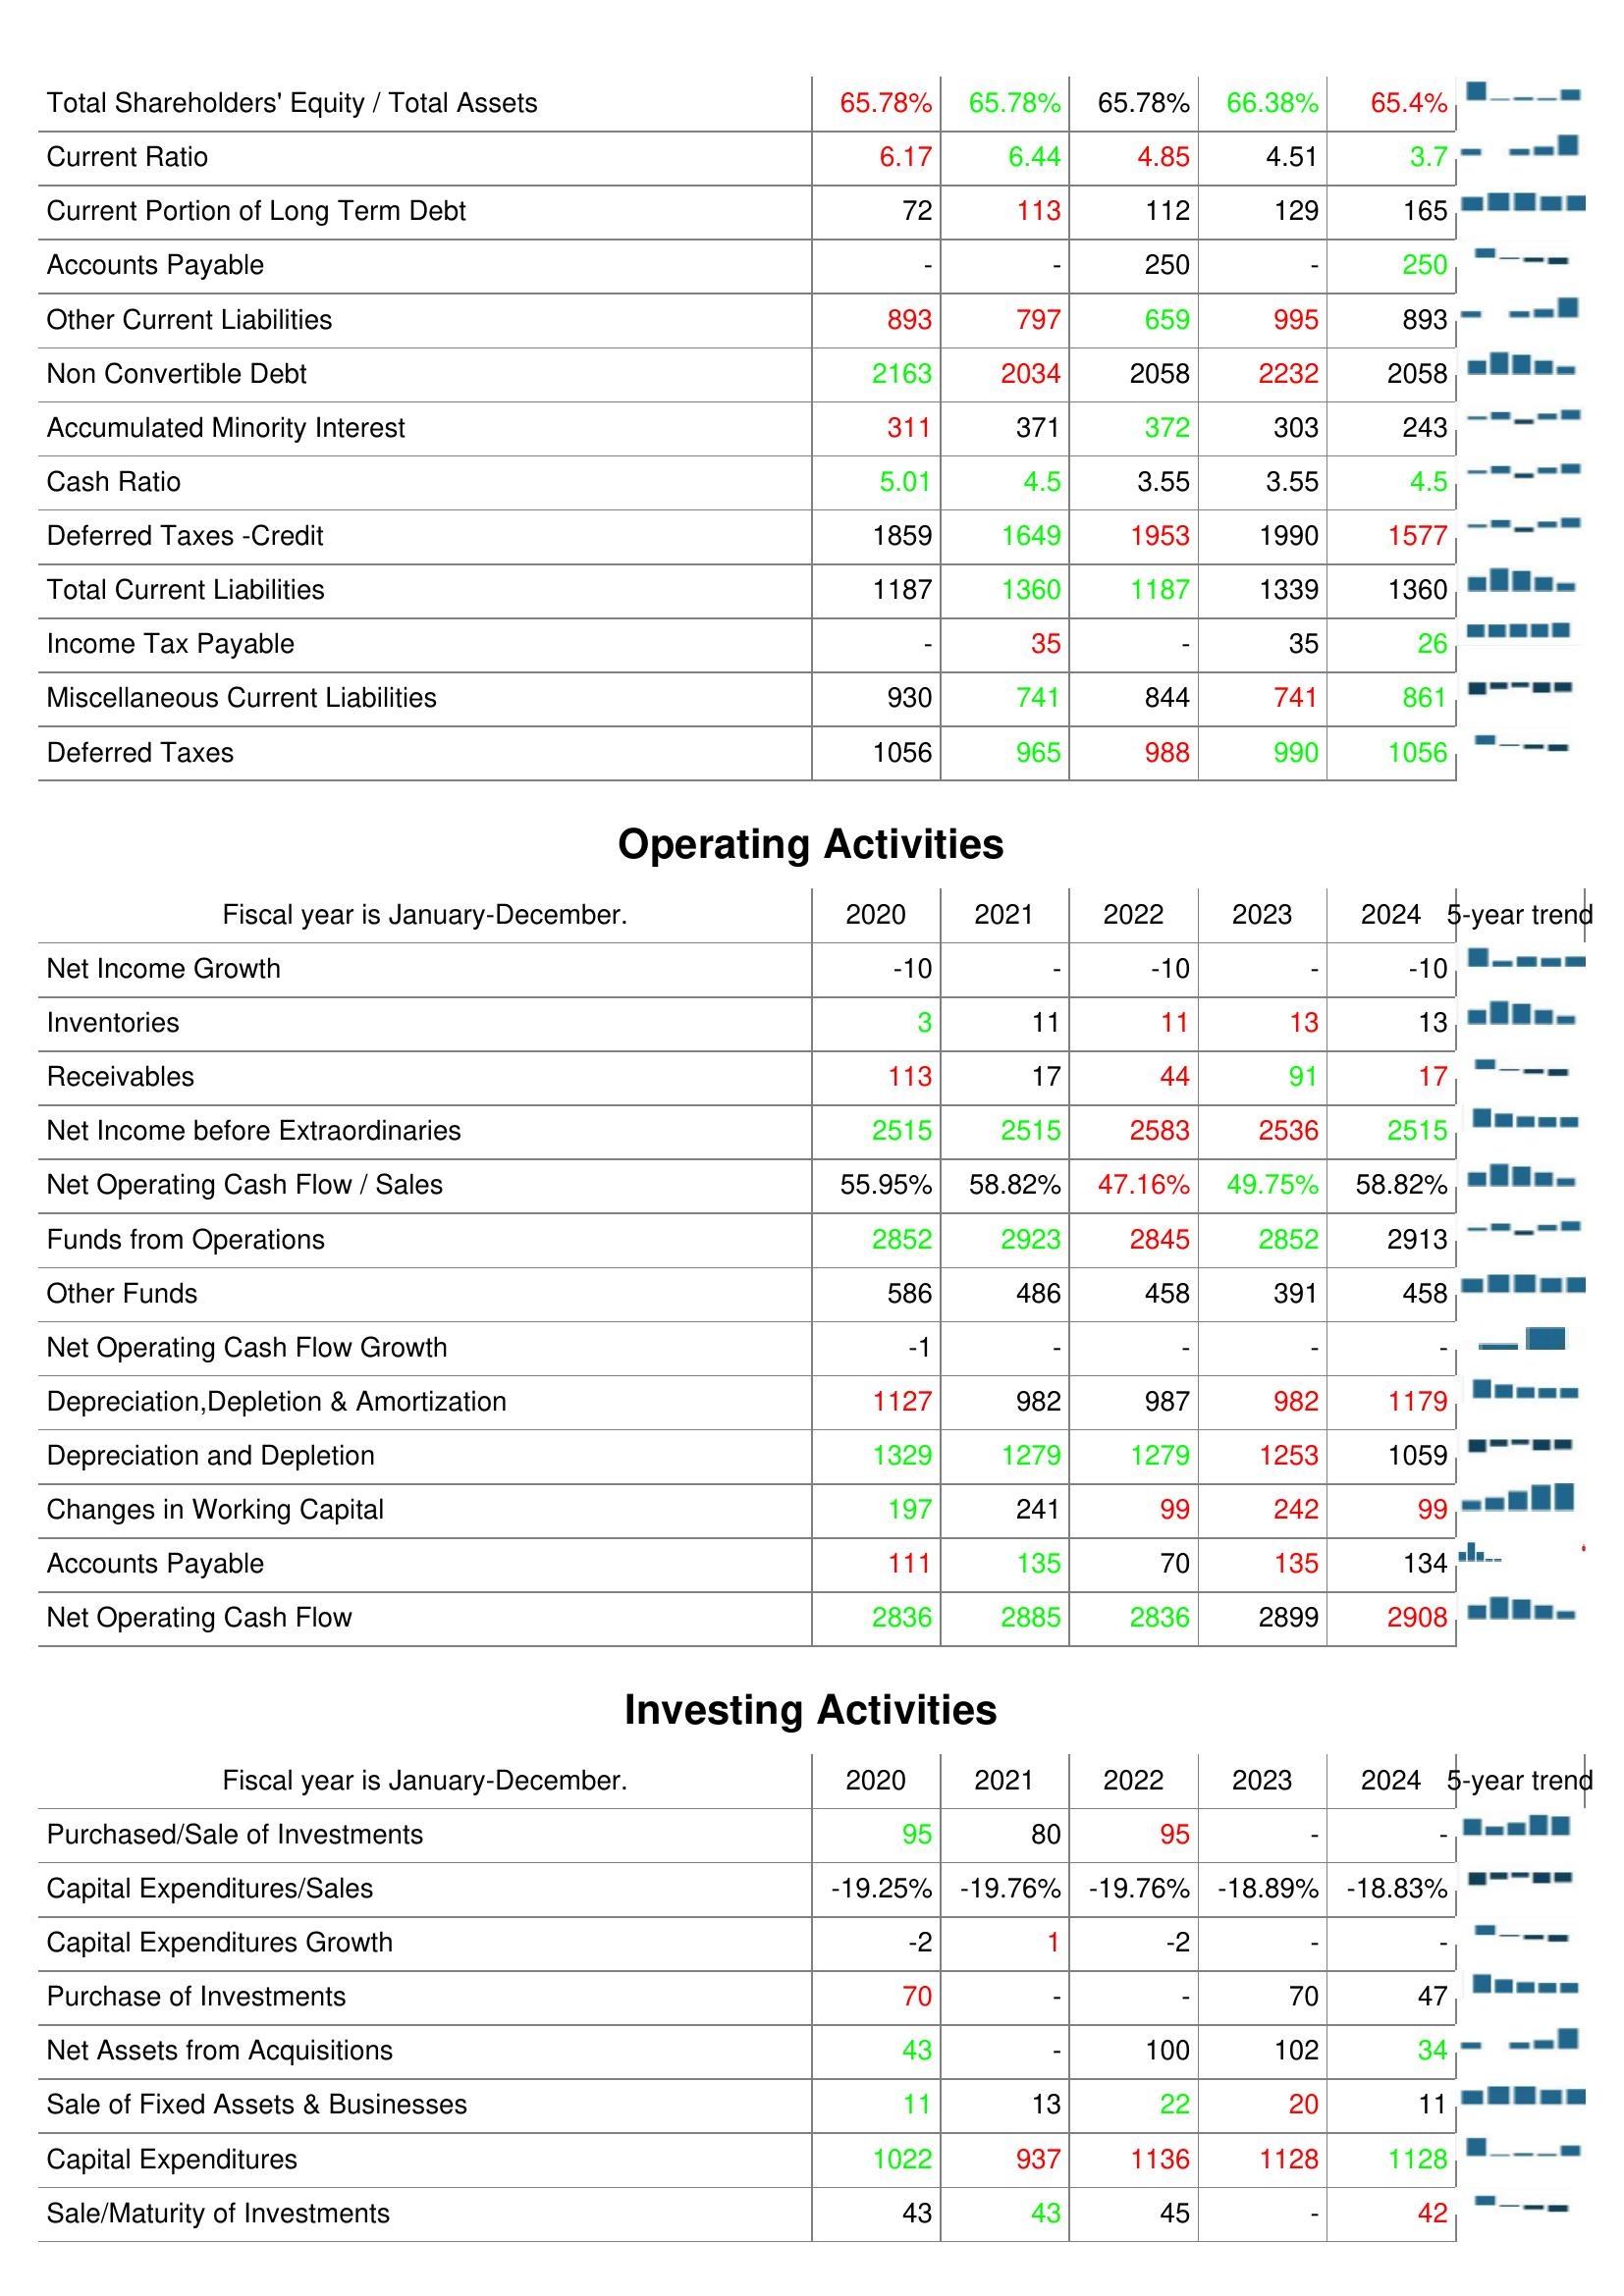
2020: Liabilities & Shareholder's Equity: Total Shareholders' Equity / Total Assets: 65.78%
Current Ratio: 6.17
Current Portion of Long Term Debt: 72
Accounts Payable: -
Other Current Liabilities: 893
Non Convertible Debt: 2163
Accumulated Minority Interest: 311
Cash Ratio: 5.01
Deferred Taxes -Credit: 1859
Total Current Liabilities: 1187
Income Tax Payable: -
Miscellaneous Current Liabilities: 930
Deferred Taxes: 1056
Operating Activities: Net Income Growth: -10
Inventories: 3
Receivables: 113
Net Income before Extraordinaries: 2515
Net Operating Cash Flow / Sales: 55.95%
Funds from Operations: 2852
Other Funds: 586
Net Operating Cash Flow Growth: -1
Depreciation,Depletion & Amortization: 1127
Depreciation and Depletion: 1329
Changes in Working Capital: 197
Accounts Payable: 111
Net Operating Cash Flow: 2836
Investing Activities: Purchased/Sale of Investments: 95
Capital Expenditures/Sales: -19.25%
Capital Expenditures Growth: -2
Purchase of Investments: 70
Net Assets from Acquisitions: 43
Sale of Fixed Assets & Businesses: 11
Capital Expenditures: 1022
Sale/Maturity of Investments: 43
2021: Liabilities & Shareholder's Equity: Total Shareholders' Equity / Total Assets: 65.78%
Current Ratio: 6.44
Current Portion of Long Term Debt: 113
Accounts Payable: -
Other Current Liabilities: 797
Non Convertible Debt: 2034
Accumulated Minority Interest: 371
Cash Ratio: 4.5
Deferred Taxes -Credit: 1649
Total Current Liabilities: 1360
Income Tax Payable: 35
Miscellaneous Current Liabilities: 741
Deferred Taxes: 965
Operating Activities: Net Income Growth: -
Inventories: 11
Receivables: 17
Net Income before Extraordinaries: 2515
Net Operating Cash Flow / Sales: 58.82%
Funds from Operations: 2923
Other Funds: 486
Net Operating Cash Flow Growth: -
Depreciation,Depletion & Amortization: 982
Depreciation and Depletion: 1279
Changes in Working Capital: 241
Accounts Payable: 135
Net Operating Cash Flow: 2885
Investing Activities: Purchased/Sale of Investments: 80
Capital Expenditures/Sales: -19.76%
Capital Expenditures Growth: 1
Purchase of Investments: -
Net Assets from Acquisitions: -
Sale of Fixed Assets & Businesses: 13
Capital Expenditures: 937
Sale/Maturity of Investments: 43
2022: Liabilities & Shareholder's Equity: Total Shareholders' Equity / Total Assets: 65.78%
Current Ratio: 4.85
Current Portion of Long Term Debt: 112
Accounts Payable: 250
Other Current Liabilities: 659
Non Convertible Debt: 2058
Accumulated Minority Interest: 372
Cash Ratio: 3.55
Deferred Taxes -Credit: 1953
Total Current Liabilities: 1187
Income Tax Payable: -
Miscellaneous Current Liabilities: 844
Deferred Taxes: 988
Operating Activities: Net Income Growth: -10
Inventories: 11
Receivables: 44
Net Income before Extraordinaries: 2583
Net Operating Cash Flow / Sales: 47.16%
Funds from Operations: 2845
Other Funds: 458
Net Operating Cash Flow Growth: -
Depreciation,Depletion & Amortization: 987
Depreciation and Depletion: 1279
Changes in Working Capital: 99
Accounts Payable: 70
Net Operating Cash Flow: 2836
Investing Activities: Purchased/Sale of Investments: 95
Capital Expenditures/Sales: -19.76%
Capital Expenditures Growth: -2
Purchase of Investments: -
Net Assets from Acquisitions: 100
Sale of Fixed Assets & Businesses: 22
Capital Expenditures: 1136
Sale/Maturity of Investments: 45
2023: Liabilities & Shareholder's Equity: Total Shareholders' Equity / Total Assets: 66.38%
Current Ratio: 4.51
Current Portion of Long Term Debt: 129
Accounts Payable: -
Other Current Liabilities: 995
Non Convertible Debt: 2232
Accumulated Minority Interest: 303
Cash Ratio: 3.55
Deferred Taxes -Credit: 1990
Total Current Liabilities: 1339
Income Tax Payable: 35
Miscellaneous Current Liabilities: 741
Deferred Taxes: 990
Operating Activities: Net Income Growth: -
Inventories: 13
Receivables: 91
Net Income before Extraordinaries: 2536
Net Operating Cash Flow / Sales: 49.75%
Funds from Operations: 2852
Other Funds: 391
Net Operating Cash Flow Growth: -
Depreciation,Depletion & Amortization: 982
Depreciation and Depletion: 1253
Changes in Working Capital: 242
Accounts Payable: 135
Net Operating Cash Flow: 2899
Investing Activities: Purchased/Sale of Investments: -
Capital Expenditures/Sales: -18.89%
Capital Expenditures Growth: -
Purchase of Investments: 70
Net Assets from Acquisitions: 102
Sale of Fixed Assets & Businesses: 20
Capital Expenditures: 1128
Sale/Maturity of Investments: -
2024: Liabilities & Shareholder's Equity: Total Shareholders' Equity / Total Assets: 65.4%
Current Ratio: 3.7
Current Portion of Long Term Debt: 165
Accounts Payable: 250
Other Current Liabilities: 893
Non Convertible Debt: 2058
Accumulated Minority Interest: 243
Cash Ratio: 4.5
Deferred Taxes -Credit: 1577
Total Current Liabilities: 1360
Income Tax Payable: 26
Miscellaneous Current Liabilities: 861
Deferred Taxes: 1056
Operating Activities: Net Income Growth: -10
Inventories: 13
Receivables: 17
Net Income before Extraordinaries: 2515
Net Operating Cash Flow / Sales: 58.82%
Funds from Operations: 2913
Other Funds: 458
Net Operating Cash Flow Growth: -
Depreciation,Depletion & Amortization: 1179
Depreciation and Depletion: 1059
Changes in Working Capital: 99
Accounts Payable: 134
Net Operating Cash Flow: 2908
Investing Activities: Purchased/Sale of Investments: -
Capital Expenditures/Sales: -18.83%
Capital Expenditures Growth: -
Purchase of Investments: 47
Net Assets from Acquisitions: 34
Sale of Fixed Assets & Businesses: 11
Capital Expenditures: 1128
Sale/Maturity of Investments: 42